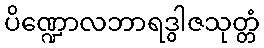
ပိဏ္ဍောလဘာရဒွါဇသုတ္တံ